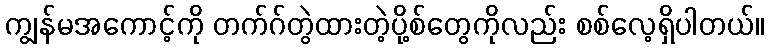
ကျွန်မအကောင့်ကို တက်ဂ်တွဲထားတဲ့ပို့စ်တွေကိုလည်း စစ်လေ့ရှိပါတယ်။